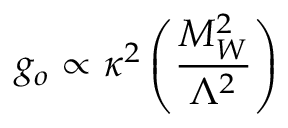
g _ { o } \propto \kappa ^ { 2 } \left( { \frac { M _ { W } ^ { 2 } } { \Lambda ^ { 2 } } } \right)